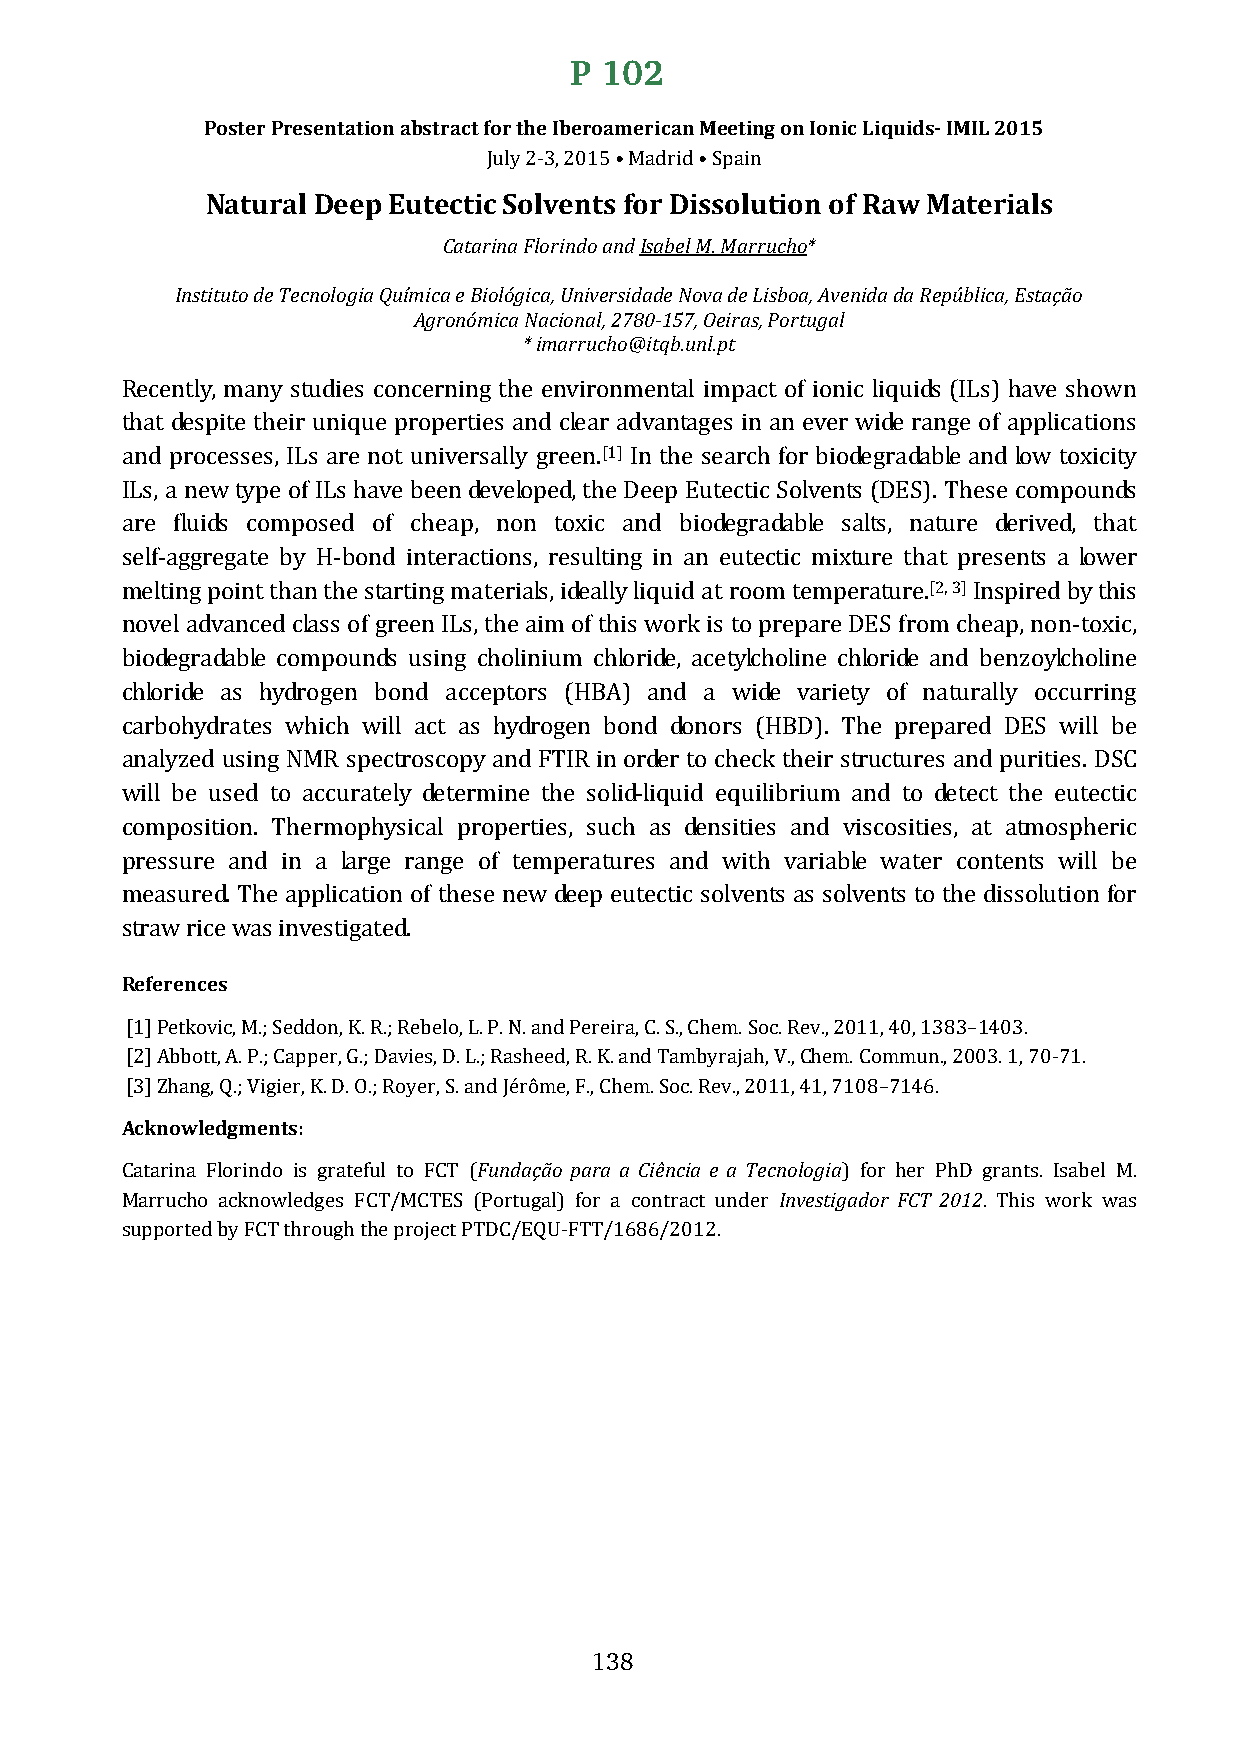
P 102
 Poster Presentation abstract for the Iberoamerican Meeting on Ionic Liquids- IMIL 2015
 Natural Deep EutecticJu Slyo 2l-3v, e2n01t5s • f Moard rDidi •s Sspoalinu tion of Raw Materials
 Catarina Florindo and Isabel M. Marrucho*
 Instituto de Tecnologia Química e Biológica, Universidade Nova de Lisboa, Avenida da República, Estação
 Agronómica Nacional, 2780-157, Oeiras, Portugal
 * imarrucho@itqb.unl.pt
 Recently, many studies concerning the environmental impact of ionic liquids (ILs) have shown
 that despite their unique properties and clear advantages in an ever wide range of applications
 [1]
 and processes, ILs are not universally green. In the search for biodegradable and low toxicity
 ILs, a new type of ILs have been developed, the Deep Eutectic Solvents (DES). These compounds
 are fluids composed of cheap, non toxic and biodegradable salts, nature derived, that
 self-aggregate by H-bond interactions, resulting in an eutectic mixture that presents a lower
 [2, 3]
 melting point than the starting materials, ideally liquid at room temperature. Inspired by this
 novel advanced class of green ILs, the aim of this work is to prepare DES from cheap, non-toxic,
 biodegradable compounds using cholinium chloride, acetylcholine chloride and benzoylcholine
 chloride as hydrogen bond acceptors (HBA) and a wide variety of naturally occurring
 carbohydrates which will act as hydrogen bond donors (HBD). The prepared DES will be
 analyzed using NMR spectroscopy and FTIR in order to check their structures and purities. DSC
 will be used to accurately determine the solid-liquid equilibrium and to detect the eutectic
 composition. Thermophysical properties, such as densities and viscosities, at atmospheric
 pressure and in a large range of temperatures and with variable water contents will be
 measured. The application of these new deep eutectic solvents as solvents to the dissolution for
 Rsterfaewre nriccees was investigated.
 [1] Petkovic, M.; Seddon, K. R.; Rebelo, L. P. N. and Pereira, C. S., Chem. Soc. Rev., 2011, 40, 1383–1403.
 [2] Abbott, A. P.; Capper, G.; Davies, D. L.; Rasheed, R. K. and Tambyrajah, V., Chem. Commun., 2003. 1, 70-71.
 A[3c]k Znhoawnlge,d Qg.;m Veignitesr:, K. D. O.; Royer, S. and Jérôme, F., Chem. Soc. Rev., 2011, 41, 7108–7146.
 Fundação para a Ciência e a Tecnologia
 Investigador FCT 2012
 Catarina Florindo is grateful to FCT (          ) for her PhD grants. Isabel M.
 Marrucho acknowledges FCT/MCTES (Portugal) for a contract under . This work was
 supported by FCT through the project PTDC/EQU-FTT/1686/2012.
 138